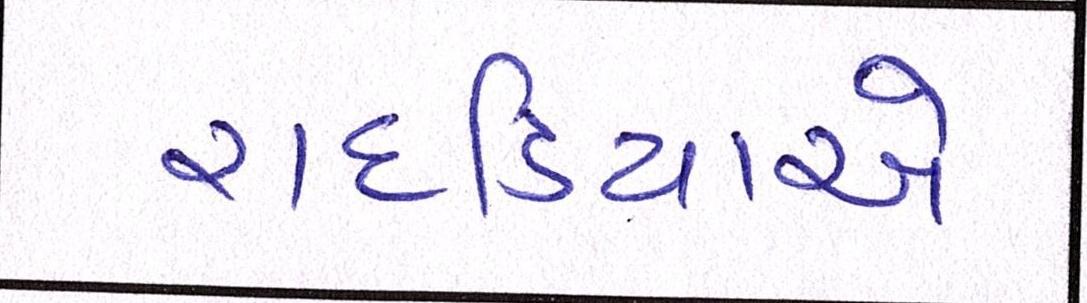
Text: રાદડિયાએ